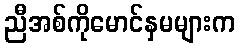
ညီအစ်ကိုမောင်နှမများက